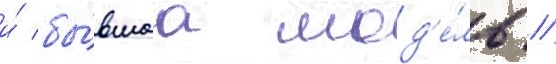
и́ бы́вшаа мод'е́ль //